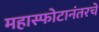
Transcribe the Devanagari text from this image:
महास्फोटानंतरचे